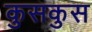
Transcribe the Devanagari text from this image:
कुसकुस